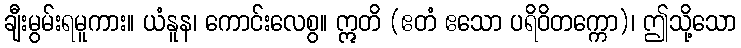
ချီးမွမ်းရမူကား။ ယံနူန၊ ကောင်းလေစွ။ ဣတိ (ဧတံ ဧသော ပရိဝိတက္ကော)၊ ဤသို့သော